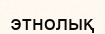
этнолық